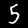
Label: 5